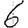
Digit: 6